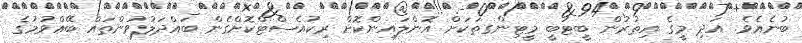
ބުނެއެވެ. އަދި މީގެ އިތުރުން ބީޓުބީ މީޓިންގތަކަށް އޮންލައިންކޮށް ރިކުއެސްޓްކޮށްގެން ބައްދަލުވުންތައް ބޭއްވުމުގެ